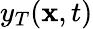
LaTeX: y_{T}(\mathbf{x},t)